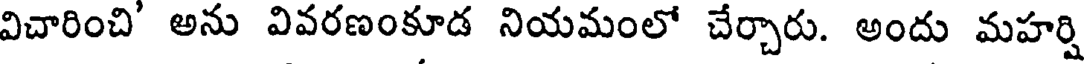
విచారించి' అను వివరణంకూడ నియమంలో చేర్చారు. అందు మహర్షి